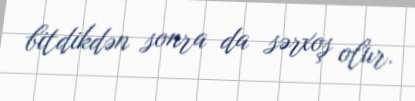
bitdikdən sonra da sərxoş olur.